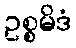
ဥစ္စမိဒံ